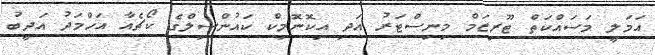
އަމަލީ މަސައްކަތް ޓޫރިޒަމް މިނިސްޓަރު އަދި އިކޮނޮމިކް ކައުންސިލްގެ ކޯޗެއާ އަހްމަދު އަދީބު